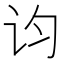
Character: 𬣝